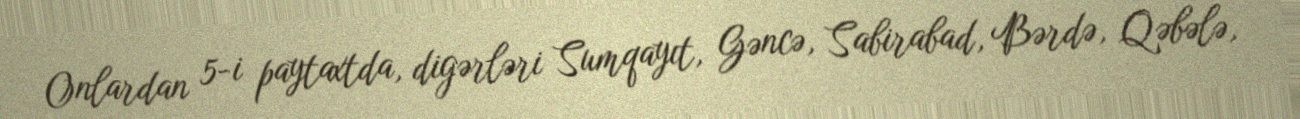
Onlardan 5-i paytaxtda, digərləri Sumqayıt, Gəncə, Sabirabad, Bərdə, Qəbələ,